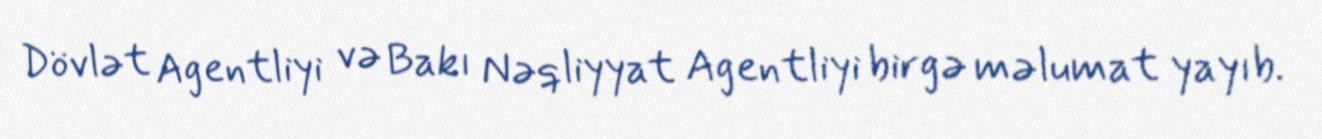
Dövlət Agentliyi və Bakı Nəqliyyat Agentliyi birgə məlumat yayıb.